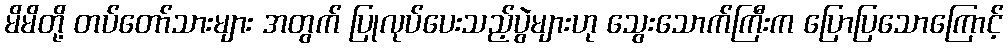
မိမိတို့ တပ်တော်သားများ အတွက် ပြုလုပ်ပေးသည့်ပွဲများဟု သွေးသောက်ကြီးက ပြောပြသောကြောင့်